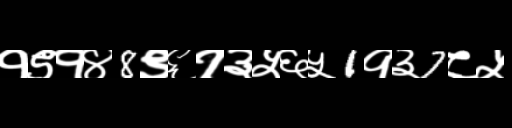
Text: १९१४8९६१३५६५1१३7८५